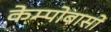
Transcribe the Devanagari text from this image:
केम्पोबासो